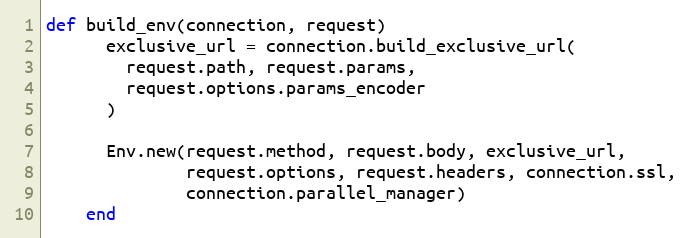
Language: Ruby
def build_env(connection, request)
      exclusive_url = connection.build_exclusive_url(
        request.path, request.params,
        request.options.params_encoder
      )

      Env.new(request.method, request.body, exclusive_url,
              request.options, request.headers, connection.ssl,
              connection.parallel_manager)
    end